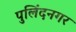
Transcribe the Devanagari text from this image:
पुलिंदनगर